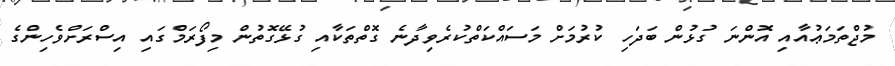
މުޖްތަމަޢުއާއި އޮންނަ ގުޅުން ބަދަހި ކުރުމަށް މަސައްކަތްކުރެވިދާނެ ގޮތްތަކާއި ގުޅޭގޮތުން މިފޯރަމްގައި އިސްރަށްވެހިންގެ